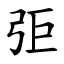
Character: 弡